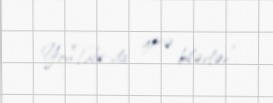
YouTube-da görə bilərlər”.